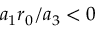
{ a _ { 1 } r _ { 0 } / a _ { 3 } < 0 }